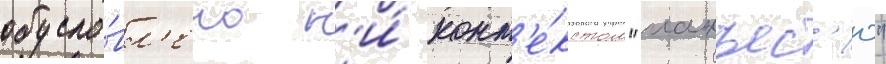
обусло́вл'ено н'и́ конт'е́кстом "манъес'ю"